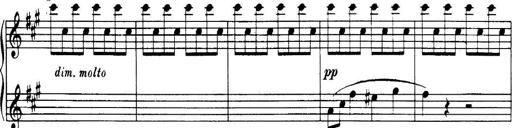
Title: 3 Sonatinas, Op.67
Composer: Jean Sibelius